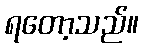
ရတော့သည်။